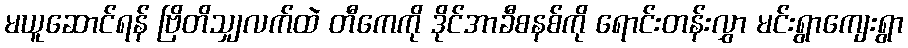
မယူဆောင်ရန် ဗြိတိသျှလက်ထဲ တီကေကို ဒိုင်အာခီစနစ်ကို ရောင်းတန်းလွှာ မင်းရွာကျေးရွာ